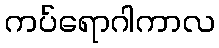
ကပ်ရောဂါကာလ